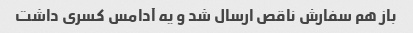
باز هم سفارش ناقص ارسال شد و یه آدامس کسری داشت